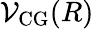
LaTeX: \mathcal{V}_{\mathrm{{CG}}}(R)